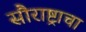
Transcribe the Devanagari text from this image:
सौराष्ट्राचा